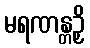
မရဏန္တဉှိ